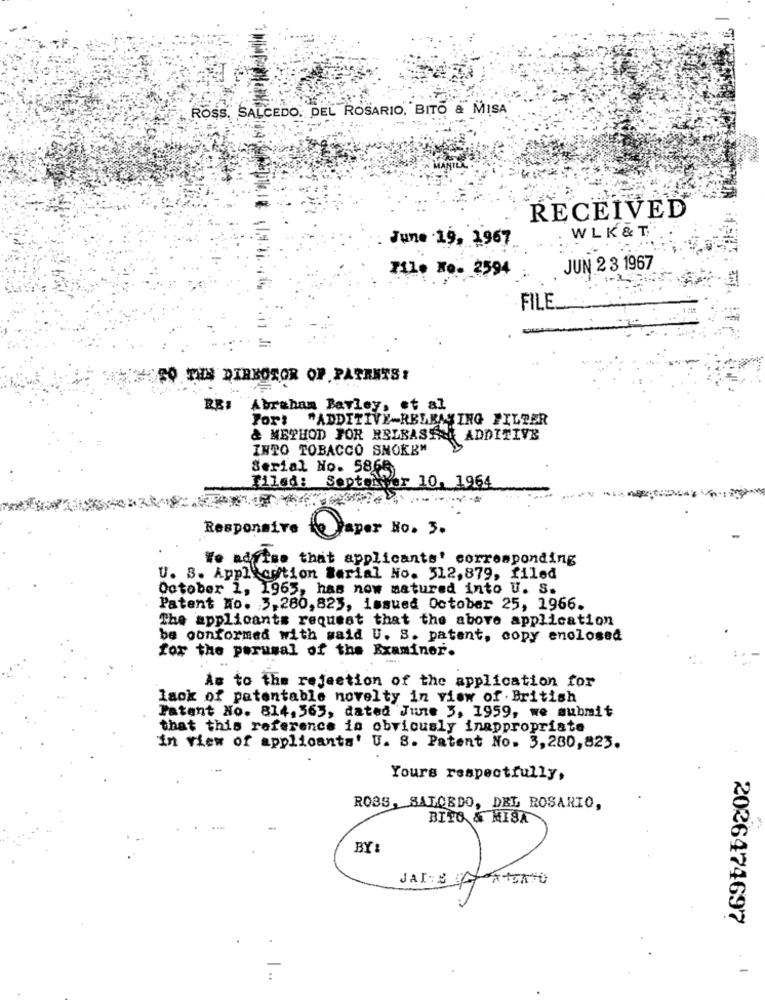
ROSS. SALCEDO. DEL ROSARIO, BITO & MISA
RECEIVED
WLK & T
June 19. 1967.
File No- 2594
JUN 2 3 1967
FILE.
SO THN DIRBOTOR OF PARENTS:
Abraham Bayley, et al
For! "ADDITIVE-RELEASING FILTER
& METHOD FOR EELBASTA ADDITIVE
INTO TOBACCO SNOKE"
Serial No. 5865
Tiled: Septemver 10, 1964
Responsive
Paper No. 3.
We advise that applicants' corresponding
U. S. Application Serial No. 512,879, filed
October 1, 1965, has now matured into U. S.
Patent No. 5,280, 823, issued October 25, 1966.
The applicants request that the above application
be conformed with said U. S. patent, copy enclosed
for the perusal of the Examiner.
As to the rejection of the application for
lack of patentable novelty in view of British
Patent No. 814, 565, dated June 3, 1959, we submit
that this reference in obviously inappropriate
in view of applicants' U. S. Patent No. 3, 280, 823.
Yours respectfully,
ROSS, SALCEDO, DEL ROSARIO,
BITO & MISA
BY:
JAI BA ABERTO
2026474697